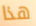
هذا